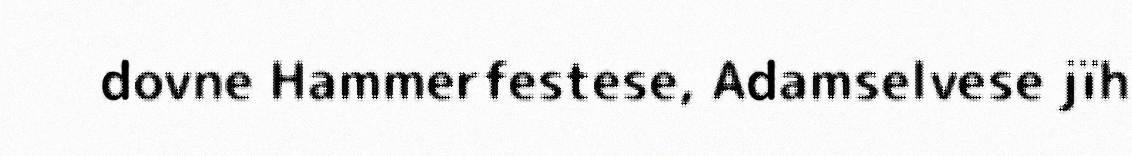
dovne Hammerfestese, Adamselvese jïh